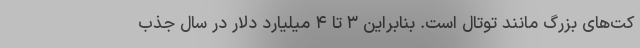
کت‌های بزرگ مانند توتال است. بنابراین ۳ تا ۴ میلیارد دلار در سال جذب